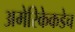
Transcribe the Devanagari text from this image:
अमेरिकेकडेच